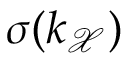
\sigma ( k _ { \mathcal { X } } )